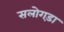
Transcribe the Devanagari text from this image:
सलोगड़ा